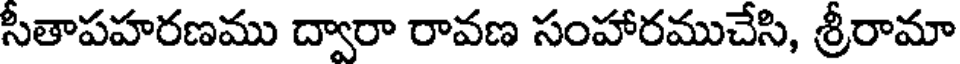
సీతాపహరణము ద్వారా రావణ సంహారముచేసి, శ్రీరామా